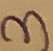
Text: 3